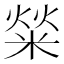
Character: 𤌟